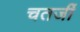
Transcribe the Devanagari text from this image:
चतर्जी